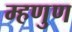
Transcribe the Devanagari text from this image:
म्हणुण